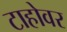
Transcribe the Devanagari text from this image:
टाहोवर